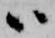
ハ